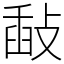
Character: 敮